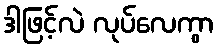
ဒါဖြင့်လဲ လုပ်လေကွာ